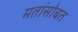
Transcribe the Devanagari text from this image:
मतांसोबत